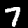
Digit: 7